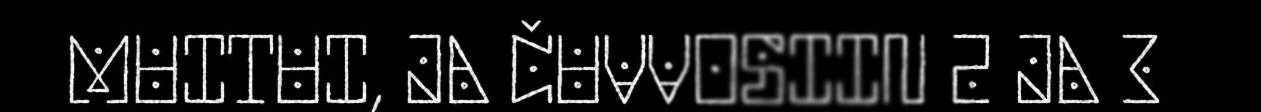
MUITUI, JA ČUVVOSIIN 2 JA 3